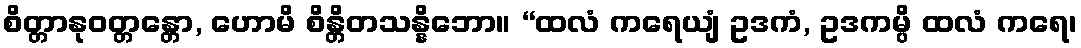
စိတ္တာနုဝတ္တန္တော, ဟောမိ စိန္တိတသန္နိဘော။ “ထလံ ကရေယျံ ဥဒကံ, ဥဒကမ္ပိ ထလံ ကရေ၊